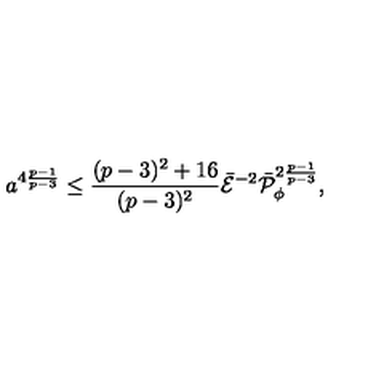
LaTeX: a ^ { 4 { \frac { p - 1 } { p - 3 } } } \leq { \frac { ( p - 3 ) ^ { 2 } + 1 6 } { ( p - 3 ) ^ { 2 } } } \bar { \cal E } ^ { - 2 } \bar { \cal P } _ { \phi } ^ { 2 { \frac { p - 1 } { p - 3 } } } ,